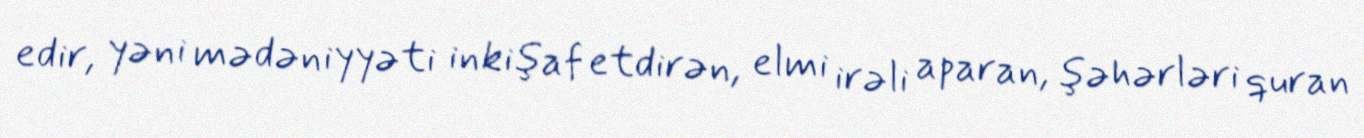
edir, yəni mədəniyyəti inkişaf etdirən, elmi irəli aparan, şəhərləri quran